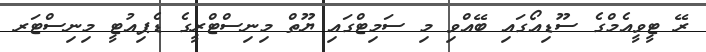
ރޭ ޓީވީއެމްގެ ސޫޑިއޯގައި ބޭއްވި މި ސަމިޓްގައި ޔޫތް މިނިސްޓްރީގެ ޑެޕިއުޓީ މިނިސްޓަރ